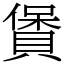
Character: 賲